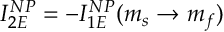
I _ { 2 E } ^ { N P } = - I _ { 1 E } ^ { N P } ( m _ { s } \rightarrow m _ { f } )